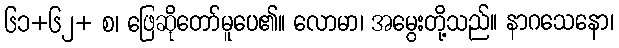
၆၁+၆၂+ စ၊ ဖြေဆိုတော်မူပေ၏။ လောမာ၊ အမွေးတို့သည်။ နာဂသေနော၊